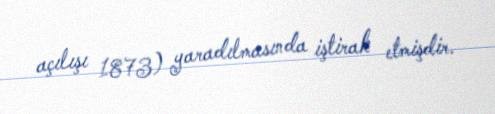
açılışı 1873) yaradılmasında iştirak etmişdir.